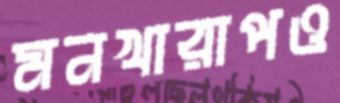
মনখারাপও